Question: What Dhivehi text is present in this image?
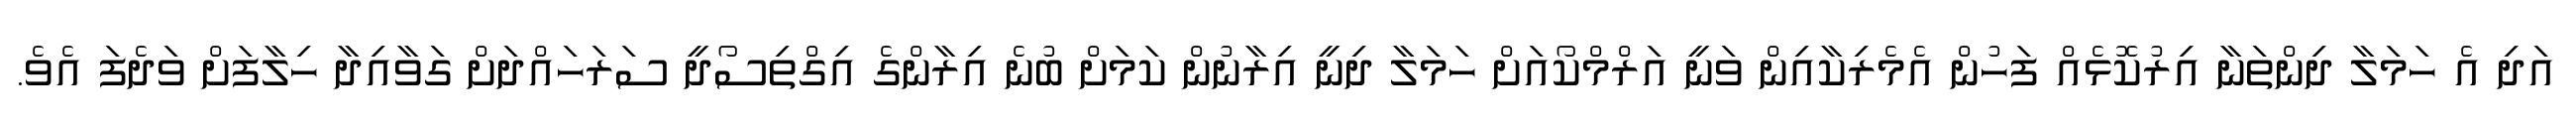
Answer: އަދި އެ ހަމަލާ ދިންތަނާ އިރުކޮޅެއް ފަހުން އެމެރިކާއިން ވަނީ އަރްމްކޯއަށް ހަމަލާ ދިނީ އިރާނުން ކަމަށް ބުނެ އިރާންގެ އިގްތިސޯދީ ސަރަހައްދަށް ގަވާއިދާ ހިލާފަށް ވަދެފަ އެވެ.